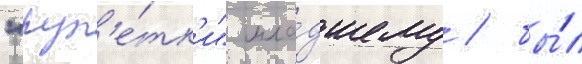
"рул'е́тк'и" мла́дшему / бы́л